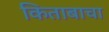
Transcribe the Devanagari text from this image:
किताबाचा